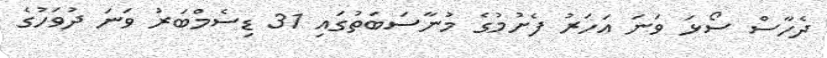
ދެހާސް ސޯޅަ ވަނަ އަހަރު ފެށުމުގެ މުނާސަބަތުގައި 31 ޑިސެމްބަރު ވަނަ ދުވަހުގެ